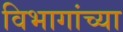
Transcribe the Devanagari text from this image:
विभागांच्‍या